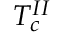
T _ { c } ^ { I I }